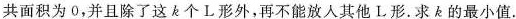
共面积为0，并且除了这k个L形外，再不能放入其他L形.求k的最小值.